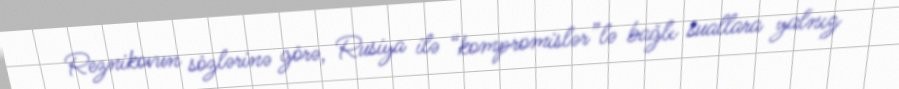
Reznikovun sözlərinə görə, Rusiya ilə “kompromislər”lə bağlı suallara yalnız